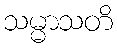
သမ္မာသတိ